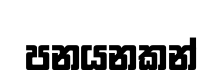
පනයනකන්